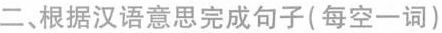
二、根据汉语意思完成句子(每空一词)